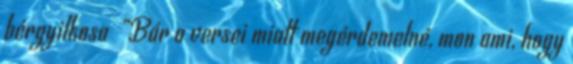
bérgyilkosa „Bár a versei miatt megérdemelné, mon ami, hogy